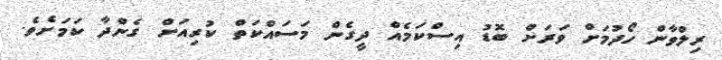
ރިލްވާން ހޯދުމަށް ވަރަށް ބޮޑު އިސްކަމެއް ދީގެން މަސައްކަތް ކުރިއަށް ގެންދާ ކަމަށެވެ.